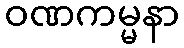
ဝဏကမ္မနာ